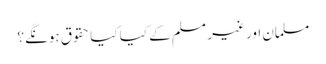
مسلمان اور غیر مسلم کے کیا کیا حقوق ہونگے؟